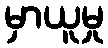
မှာယူမှု